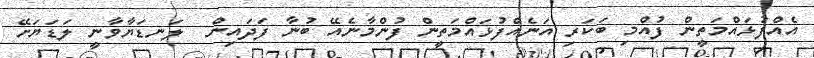
އެއްފުޅައްމަތީން ފުއްމި ބަކަރި އަނެއްފުޅައްމަތީން ފުންމާނެއޭ ބުނާ ފަދައިން  ލަނޑަޔާވާނީ ލަޑަޔަށޭ